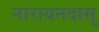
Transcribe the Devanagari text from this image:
नारायनदासु